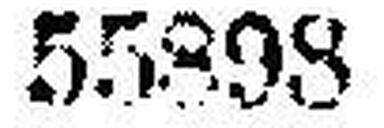
55898